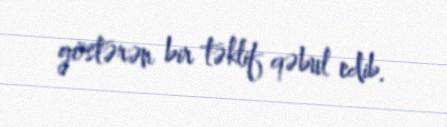
göstərən bir təklif qəbul edib.